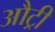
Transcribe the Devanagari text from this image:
औट्री